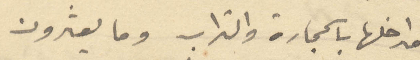
مداخلها بالحجارة والتراب وما يعثرون